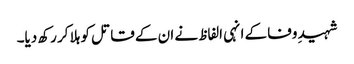
شہیدِ وفا کے انہی الفاظ نے ان کے قاتل کو ہلا کر رکھ دیا۔